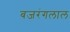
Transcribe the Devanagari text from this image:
बजरंगलाल